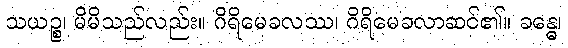
သယဉ္စ၊ မိမိသည်လည်း။ ဂိရိမေခလဿ၊ ဂိရိမေခလာဆင်၏။ ခန္ဓေ၊